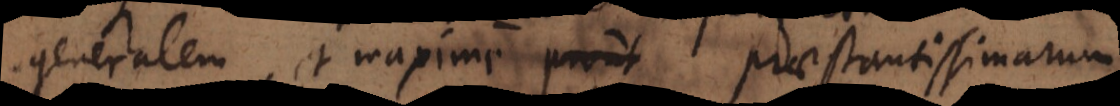
generalem, et maxime praestantissimarum